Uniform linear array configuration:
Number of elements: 8
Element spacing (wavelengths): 0.75
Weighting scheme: uniform
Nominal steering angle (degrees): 30
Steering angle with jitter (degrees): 31.496
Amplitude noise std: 0.05
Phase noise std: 0.05

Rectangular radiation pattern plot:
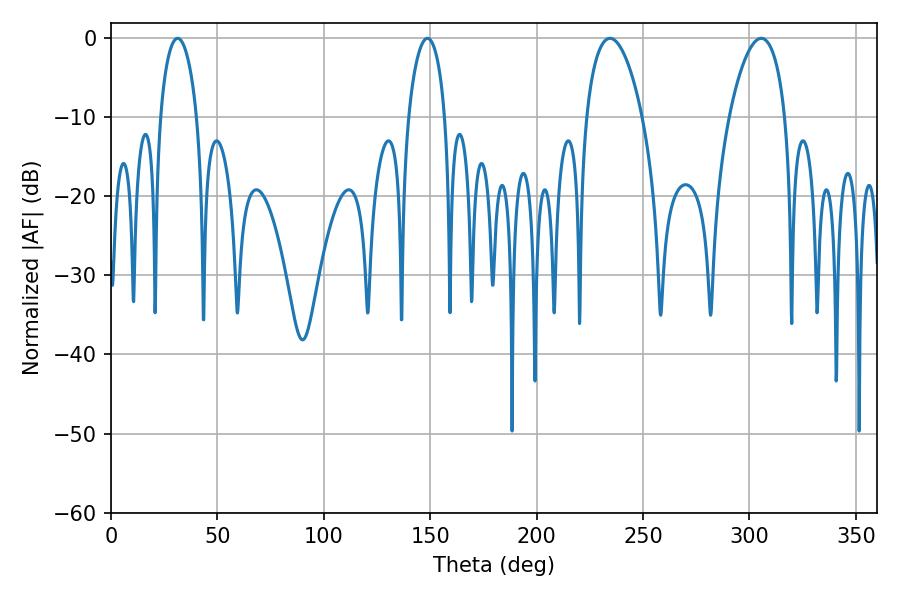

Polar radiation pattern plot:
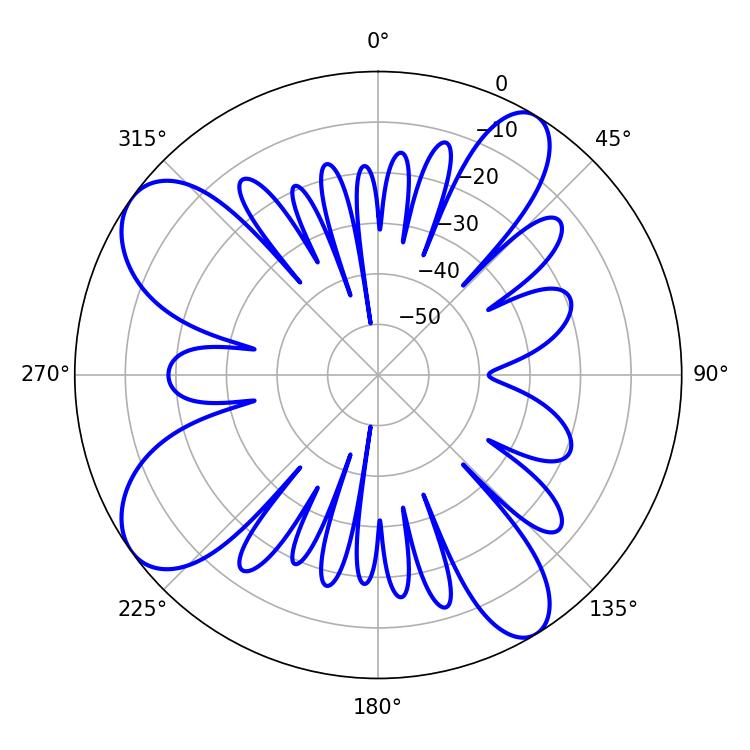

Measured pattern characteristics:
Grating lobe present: TRUE
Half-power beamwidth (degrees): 9.9
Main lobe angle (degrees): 148.68